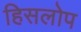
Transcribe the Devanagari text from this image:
हिसलोप